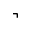
\urcorner